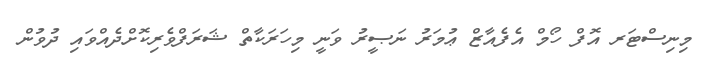
މިނިސްޓަރ އޮފް ހޯމް އެފެއާޒް ޢުމަރު ނަޞީރު ވަނީ މިހަރަކާތް ޝަރަފްވެރިކޮށްދެއްވައި ދުވުން